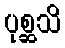
ပုစ္ဆသိ